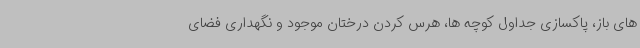
های باز، پاکسازی جداول کوچه ها، هرس کردن درختان موجود و نگهداری فضای